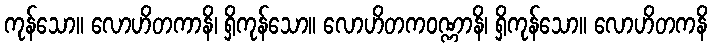
ကုန်သော။ လောဟိတကာနိ၊ ရှိကုန်သော။ လောဟိတကဝဏ္ဏာနိ၊ ရှိကုန်သော။ လောဟိတကနိ